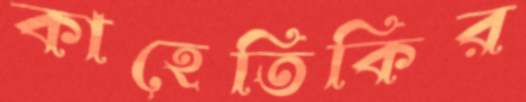
কাহেতিকির